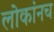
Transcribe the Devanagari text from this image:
लोकांनच